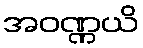
အဝဏ္ဏယိ